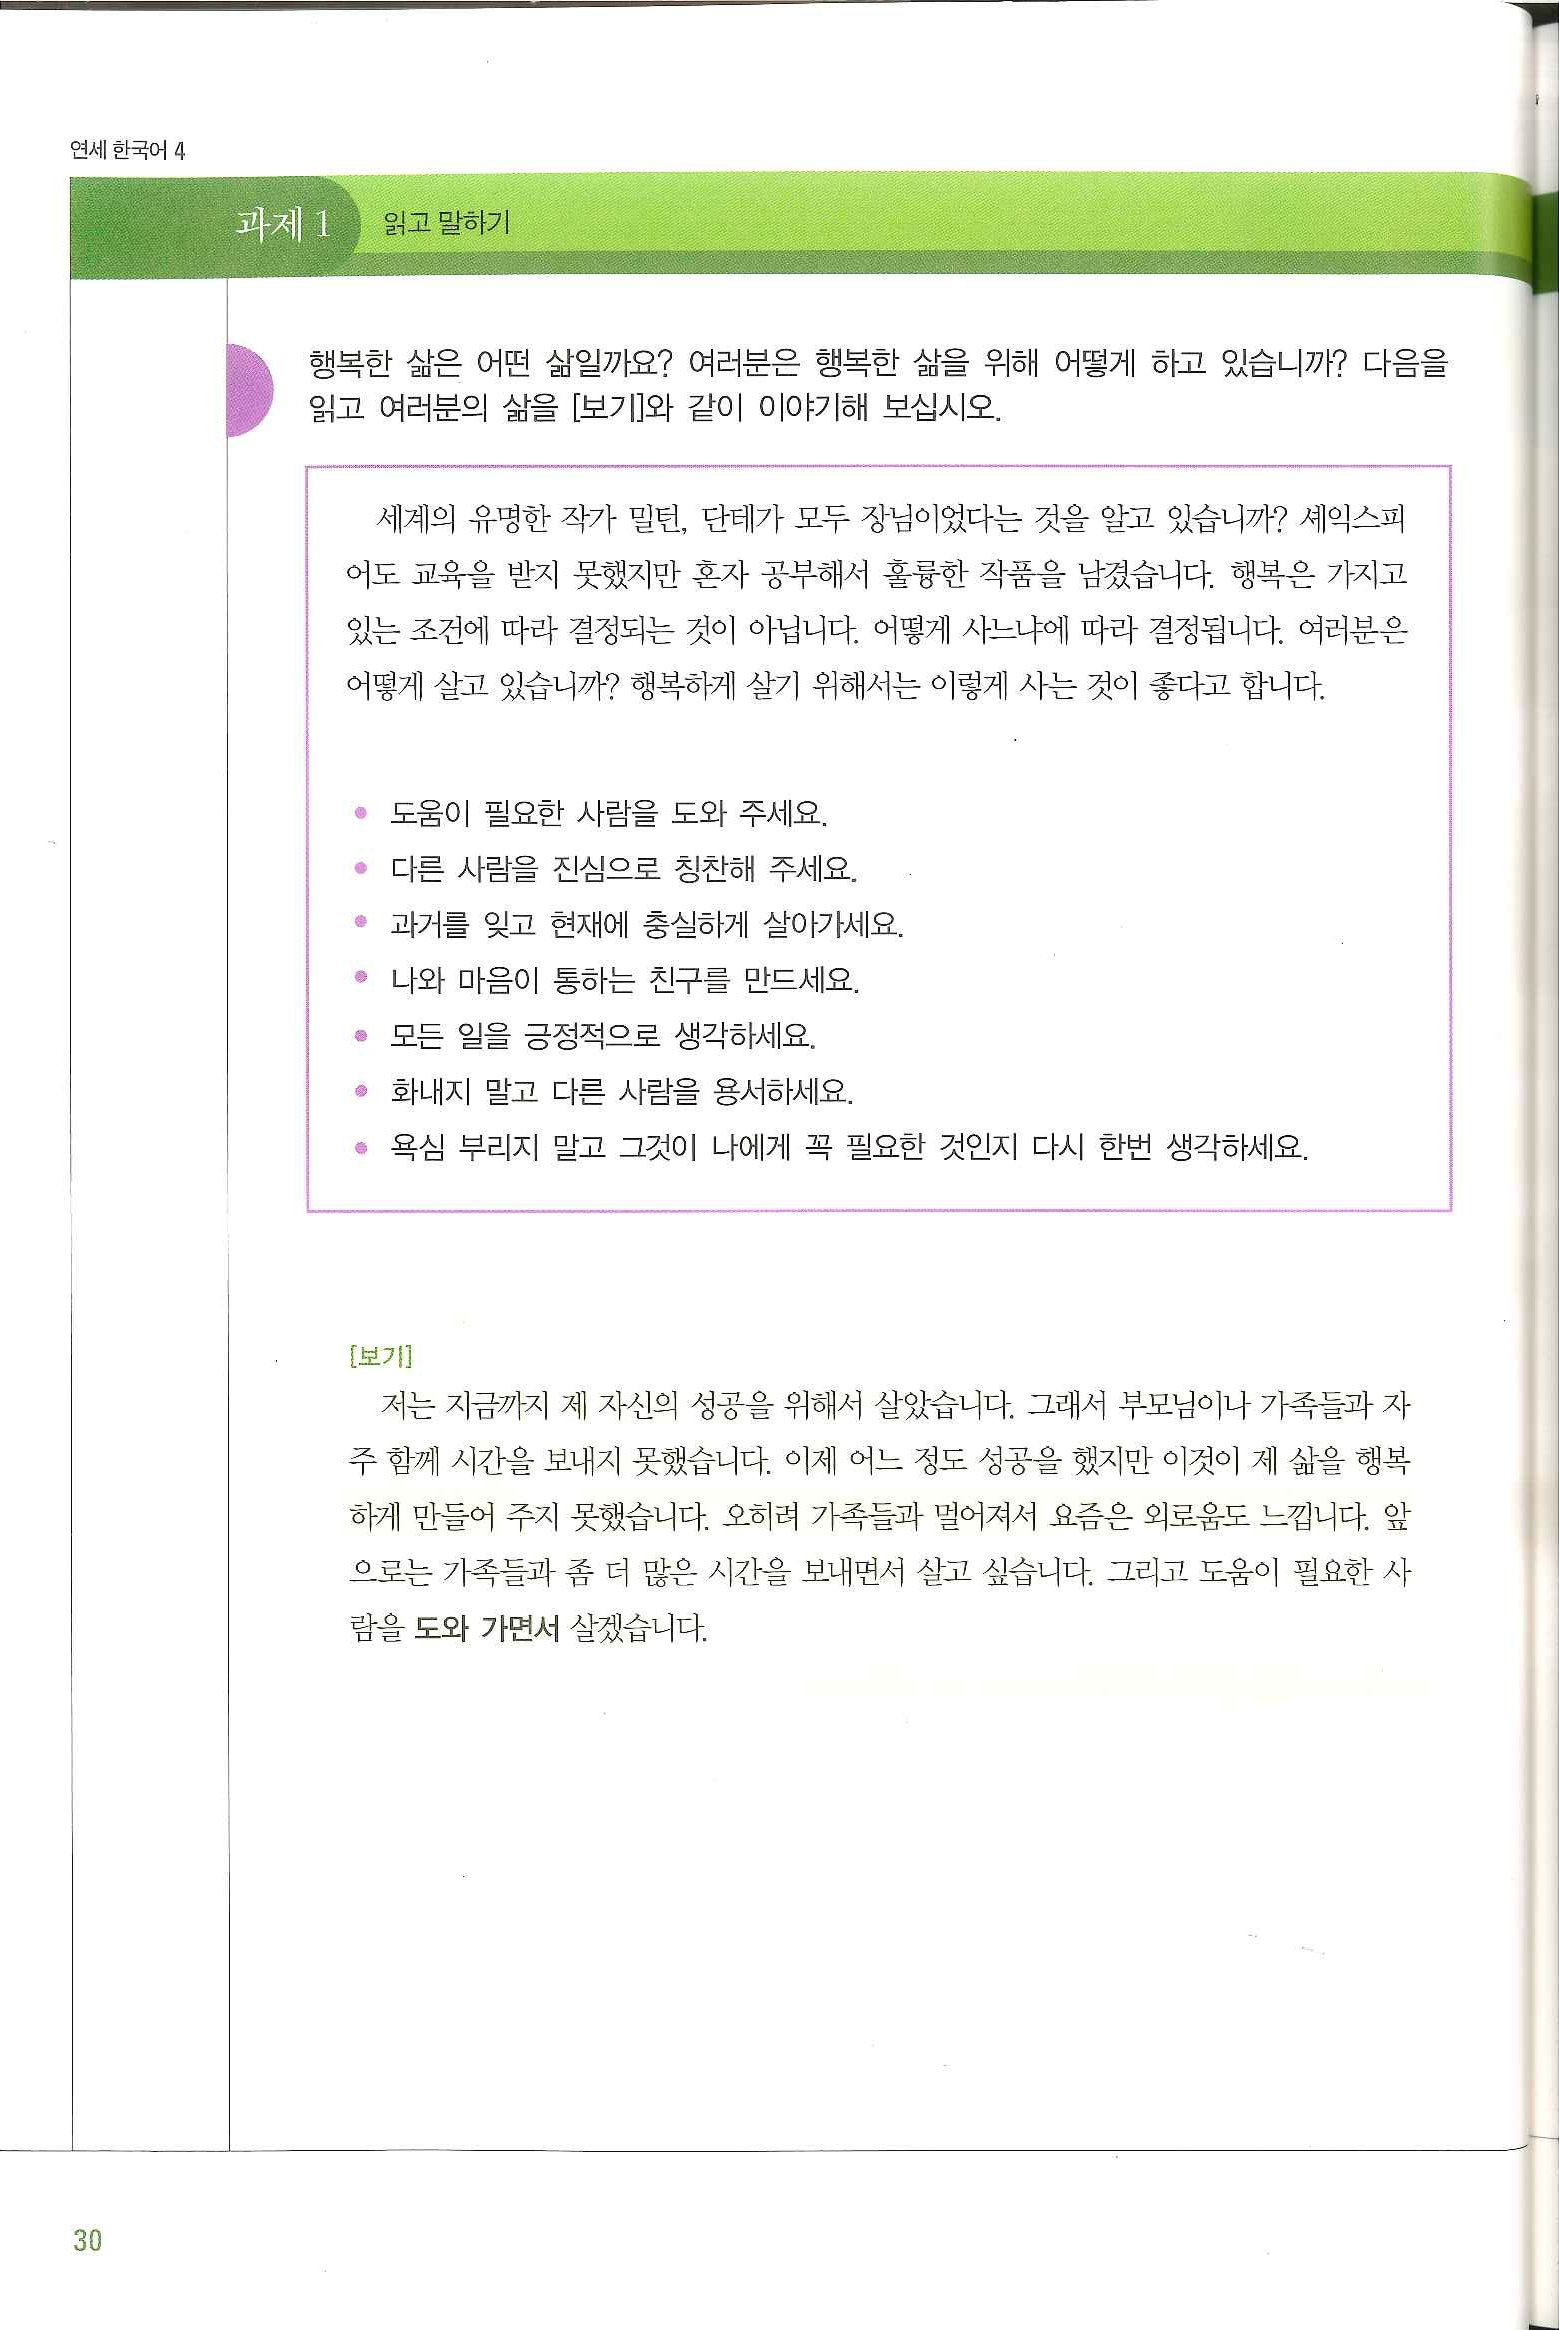
Language: ko